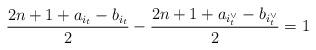
LaTeX: \begin{align*} \frac{ 2n+1 + a_{i_t} -b_{i_t} }{2}-\frac{ 2n+1 + a_{i^\vee_t} -b_{i^\vee_t}}{2}=1 \end{align*}